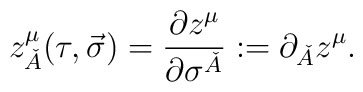
z_{\check{A}}^{\mu }(\tau ,\vec{\sigma})={\frac{\partial z^{\mu }}{\partial\sigma ^{\check{A}}}}:=\partial _{\check{A}}z^{\mu }.